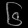
Digit: ၆